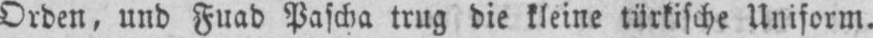
Orden, und Fuad Pascha trug die kleine türkische Uniform.